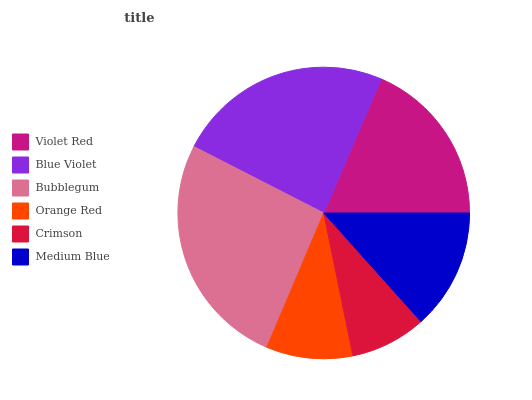
| Violet Red | Blue Violet | Bubblegum | Orange Red | Crimson | Medium Blue |
 | --- | --- | --- | --- | --- | --- |
 | 18.6% | 23.9% | 26.1% | 9.58% | 8.42% | 13.4% |